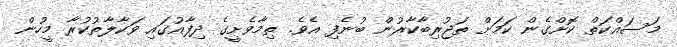
މަސައްކަތް ކޮށްގެން ކަމަށް ތަޖުރިބާކާރުން ބުނެފި އެވެ. ތިމާވެށީގެ ދިފާއުގައި ވަކާލާތުކުރާ މީހުން